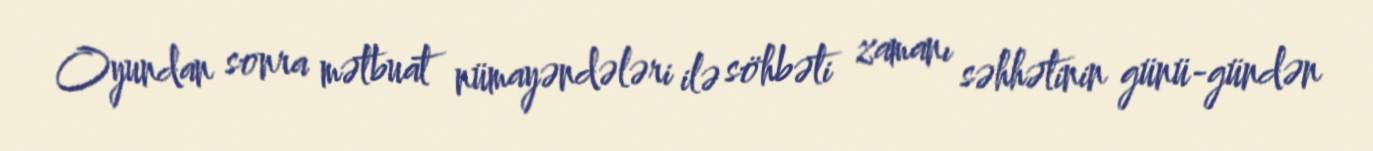
Oyundan sonra mətbuat nümayəndələri ilə söhbəti zamanı səhhətinin günü-gündən